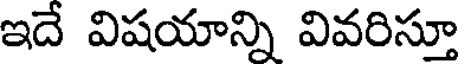
ఇదే విషయాన్ని వివరిస్తూ